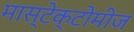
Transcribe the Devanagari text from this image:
मास्टेक्टोमीज